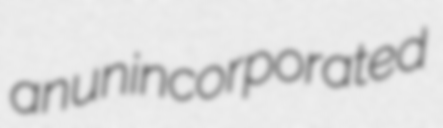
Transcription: an unincorporated